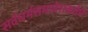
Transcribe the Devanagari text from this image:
सर्वधर्मसमावेशकतेचे